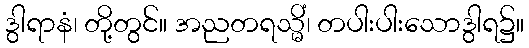
ဒွါရာနံ၊ တို့တွင်။ အညတရသ္မိံ၊ တပါးပါးသောဒွါရ၌။